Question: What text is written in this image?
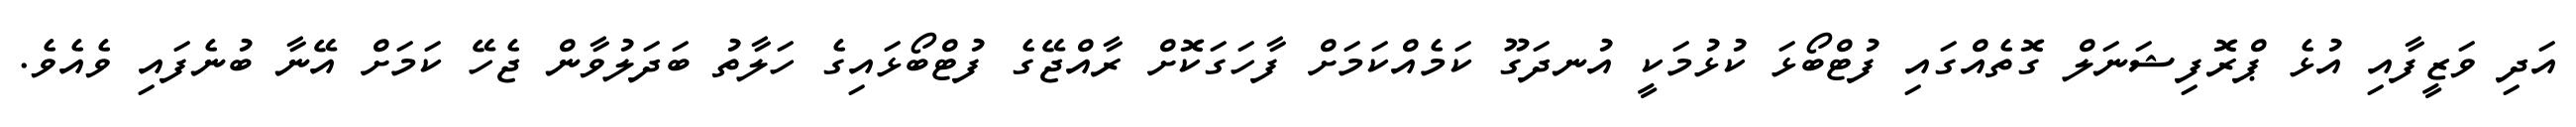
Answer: އަދި ވަޒީފާއި އުޅެ ޕްރޮފިޝަނަލް ގޮތެއްގައި ފުޓްބޯޅަ ކުޅުމަކީ އުނދަގޫ ކަމެއްކަމަށް ފާހަގަކޮށް ރާއްޖޭގެ ފުޓްބޯޅައިގެ ހަލާތު ބަދަލުވާން ޖެހޭ ކަމަށް އޭނާ ބުނެފައި ވެއެވެ.